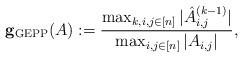
LaTeX: \begin{align*}{\bf g_{\rm GEPP}}(A):=\frac{ \max_{k,i,j \in [n]} |\hat A^{(k-1)}_{i,j}|}{\max_{i,j\in[n]} |A_{i,j}|},\end{align*}